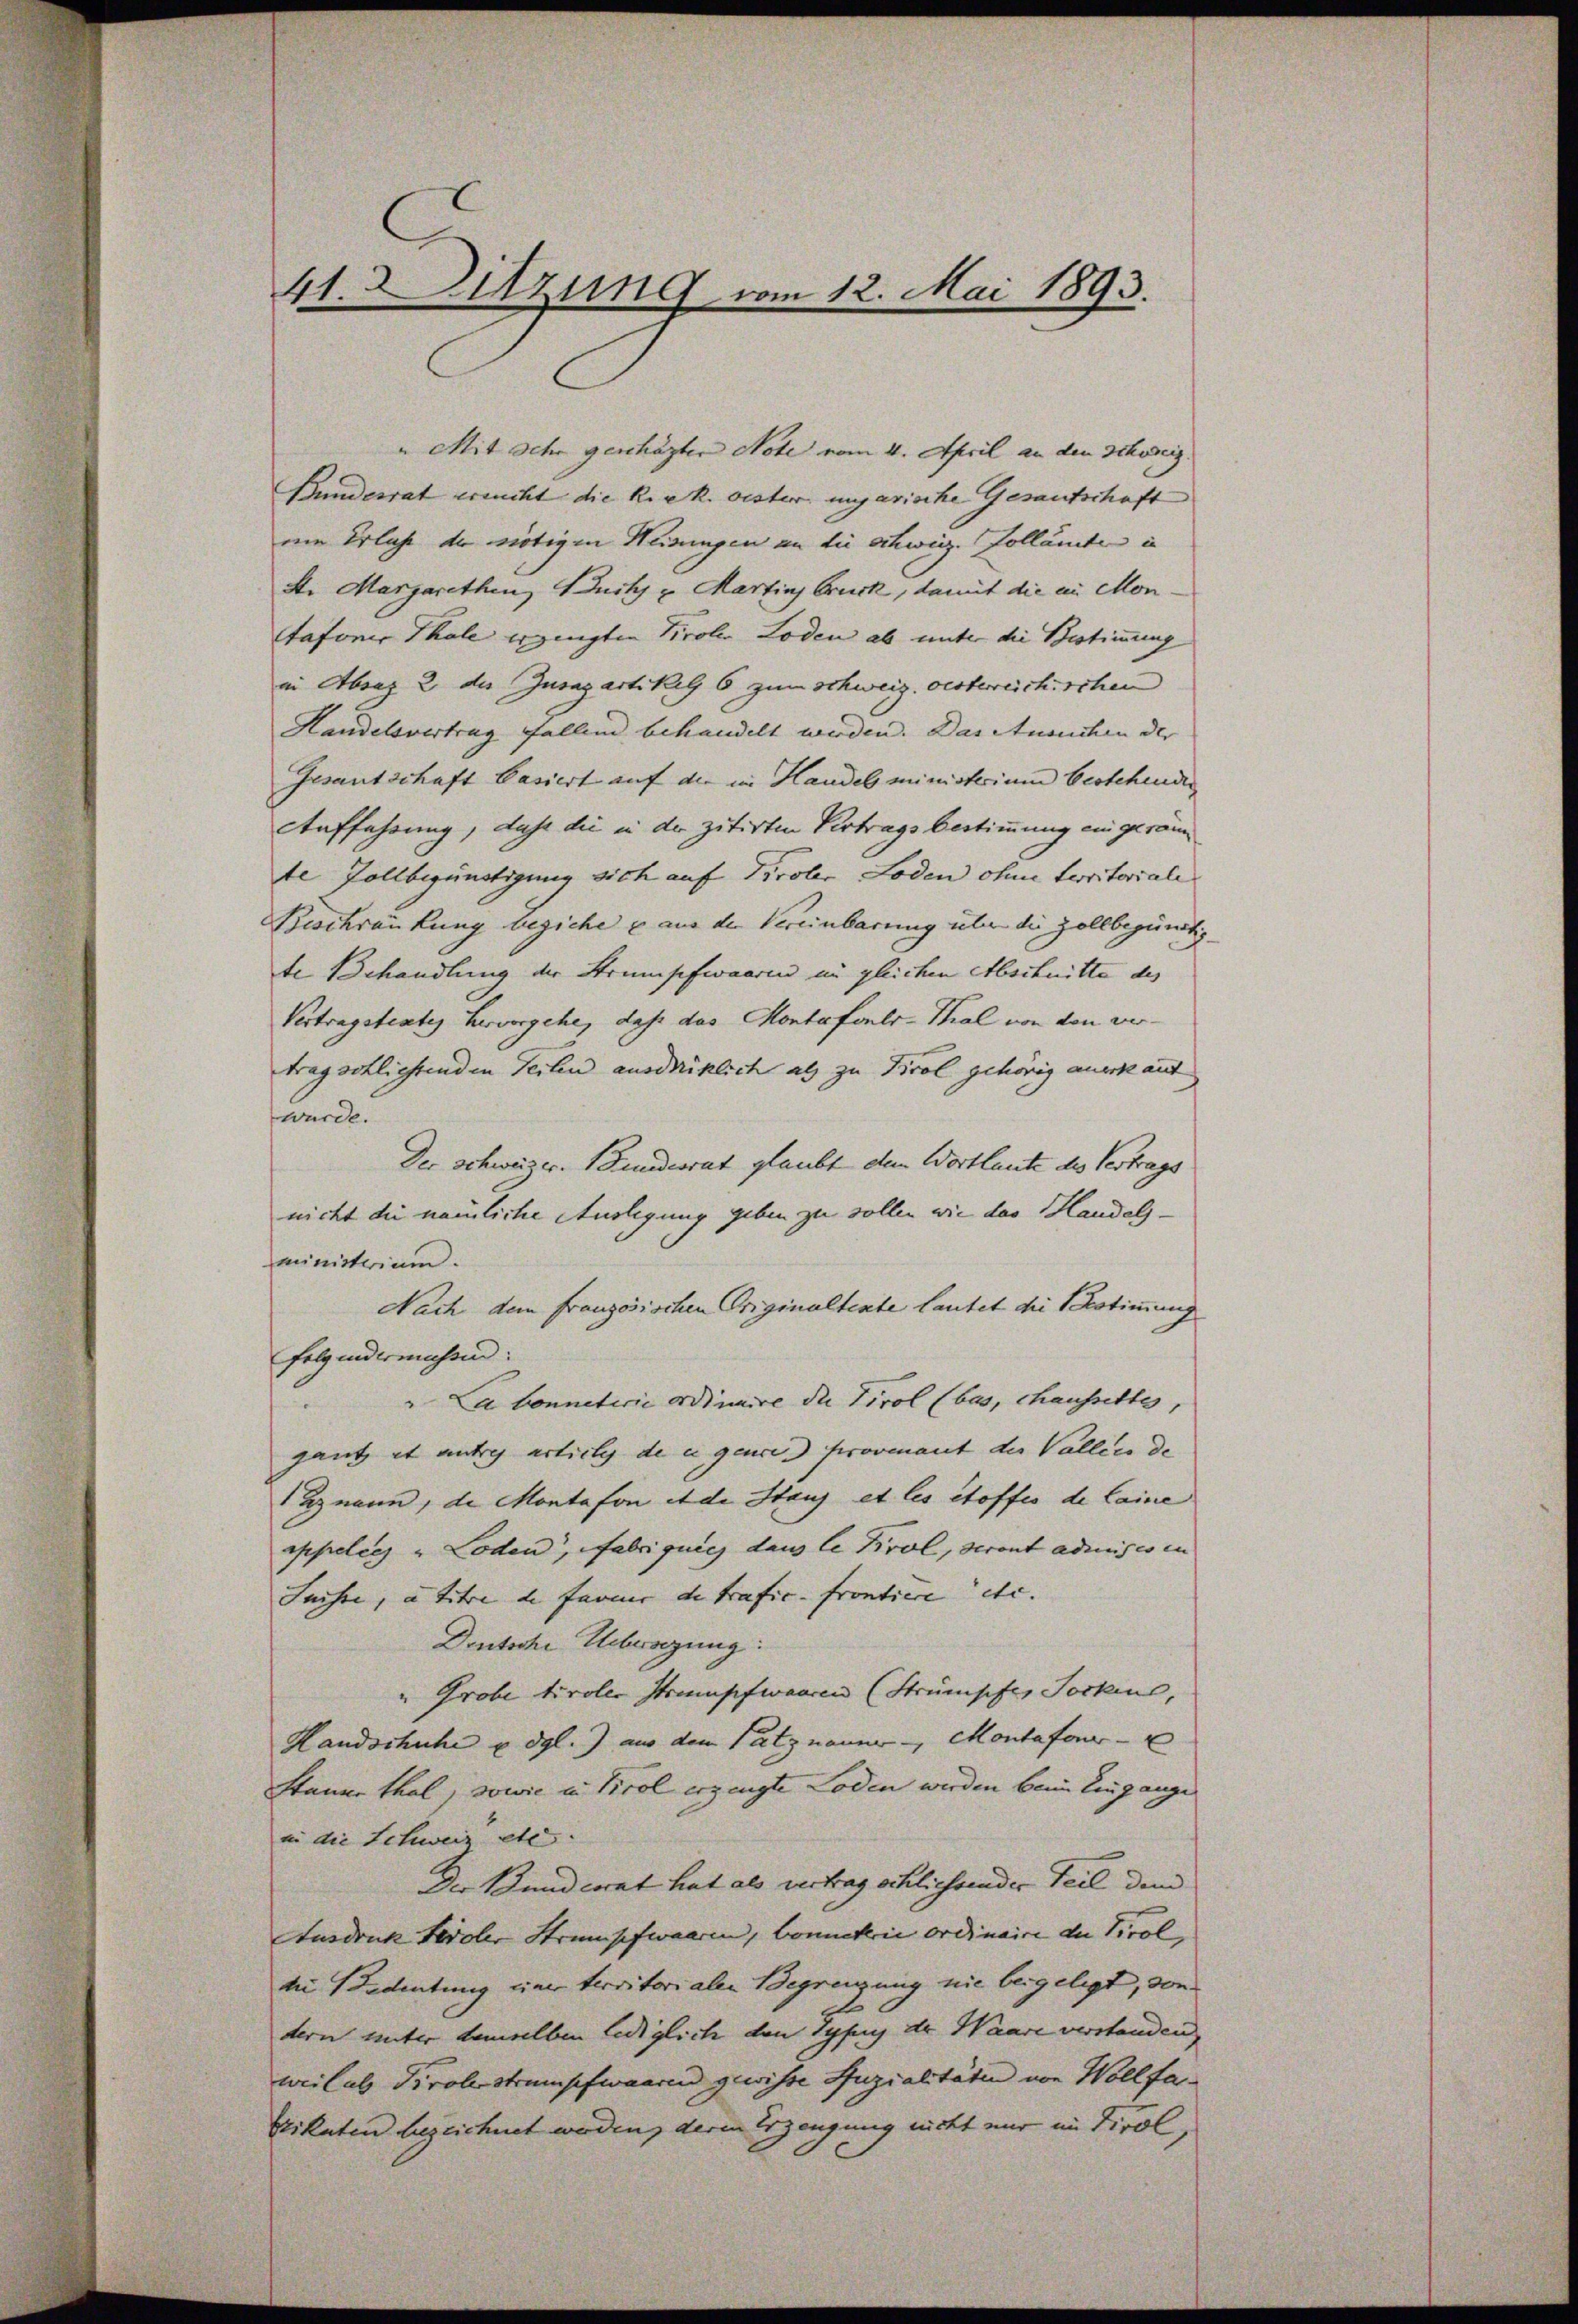
41. Sitzung vom 12. Mai 1893.

u Mit sehr geschäzten Note vom 4. April an den Schweiz.
Bundesrat erricht die Riek. oester ungarische Gesantschaft
um Erlache der nötigen Heisungen an die schwig. Zollämte in
S. Margarethen, Buchs u. Martins Cruck, damit die an Mon
tafonis Thale ergingten Tirolen Loden ab unter die Bestimmung
in Absaz 2 der Zusapartikel 6 zum Schweiz. Oesterreichischen
Handelsvertrag fallend behandelt werden. Das Ansuchen der
Gesantschaft Pasiert auf die im Handel ministerium bestehenden
Auffahrung, dass die in der zitirten Vertrags Bestimmung ein geram
te Zollbegünstigung sich auf Tiroler Loden ohne territoriale
Beschränkung beziehe aus der Vereinbarung über die Zollbegünstig
de Behandlung der Strumpfwaaren im gleichen Abschnitte des
Vertragstentes Hervorgehe, daß das Montafonls-Thal von von vertragentlichenden Teilen ausdrücklich als zu Tirol gehörig anerkauf
wurde.
Der Schweizer. Bundesrat glaubt dem Wortlaute des Vertrags
nicht die nämliche Auslegung geben zu sollen wie das Handels-
ministerium.
Nach dem französischen Originaltente lautet die Bestimmung
Folgendermachen.
"Ca bonneticie ordinaire die Tirol (bas, chaussette,
gant et anti article de in gener provenant der Vallier de
Hmann, de Montafon et de Staus et les étoffes de laine
appelers & Loden, Fabriquieg dans le Krol, seront admises in |
Juchte, a titre de farner de trafic. Frontiere etc. |
Deutsche Unbewegung.
"Grobe tiroler Strumpfwaaren (Strümpfer Socken,
Handschuhe u. dgl.) aus dem Patznauer - Montafour-
staune thal, sowie in Tirol erzeugte Loden werden beim Eingange
in die Schweiz etc.
Der Bundesrat hat als vertrag schlichsender Teil dem
Ausdruck Geroler Strumpfwaaren, bonneterie ordinaire der Prol
te Bedeutung einer territorialer Begrenzung nie beigelegt, von
dern unter demselben lediglich den Typus der Waare verstanden,
weil als Tirolestrumpfwaaren gewisse Auzialitäte von Wollfa¬
Sikaten bezeichnet werden, deren Erzeugung nicht mir im Tirol,